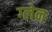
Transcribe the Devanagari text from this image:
ग्‍लेन